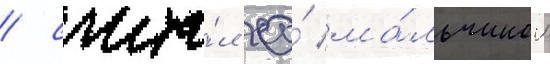
/ счита́л ео́ ма́льчиком